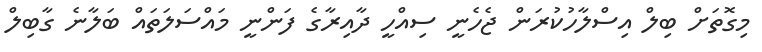
މިގޮތަށް ބިލް އިސްލާހުކުރަން ޖެހެނީ ސިއްހީ ދާއިރާގެ ފަންނީ މައްސަލަތައް ބަލާނެ ގާބިލް